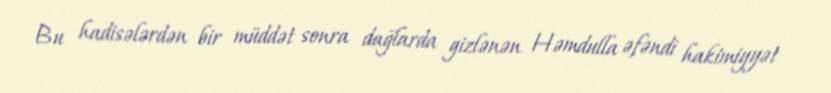
Bu hadisələrdən bir müddət sonra dağlarda gizlənən Həmdulla əfəndi hakimiyyət